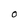
Character: O